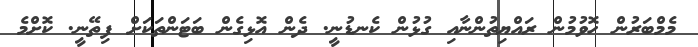
މެމްބަރުން ހޮވުމުން ރައްޔިތުންނާއި ގުޅުން ކެނޑުނީ. ދެން އޮޅިގެން ބަޓަންތަކަށް ފިތޭނީ. ކޮށްމެ